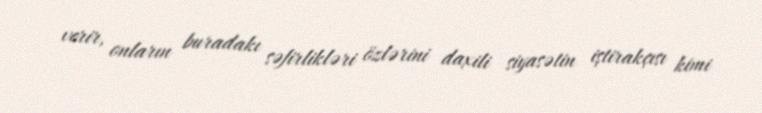
verir, onların buradakı səfirlikləri özlərini daxili siyasətin iştirakçısı kimi